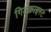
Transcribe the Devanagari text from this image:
गिल्क्राइस्ट